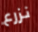
نزرع